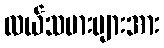
လယ်သမားများအား